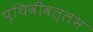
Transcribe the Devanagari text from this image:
पृथिवीवल्लभ